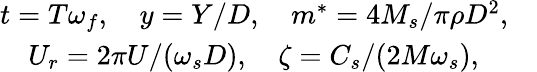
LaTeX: \begin{array}{l}{t=T{\omega_{f}},\quad y=Y/D,\quad{m^{*}}=4{M_{s}}/\pi\rho{D^{2}},\quad}\\ {\quad{U_{r}}=2\pi U/({\omega_{s}}D),\quad\zeta={C_{s}}/(2M{\omega_{s}}),}\end{array}